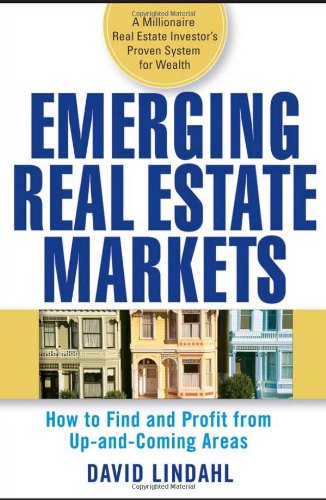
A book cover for Emerging Real Estate Markets: How to Find and Profit from Up-and-Coming Areas; David Lindahl; Business & Money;